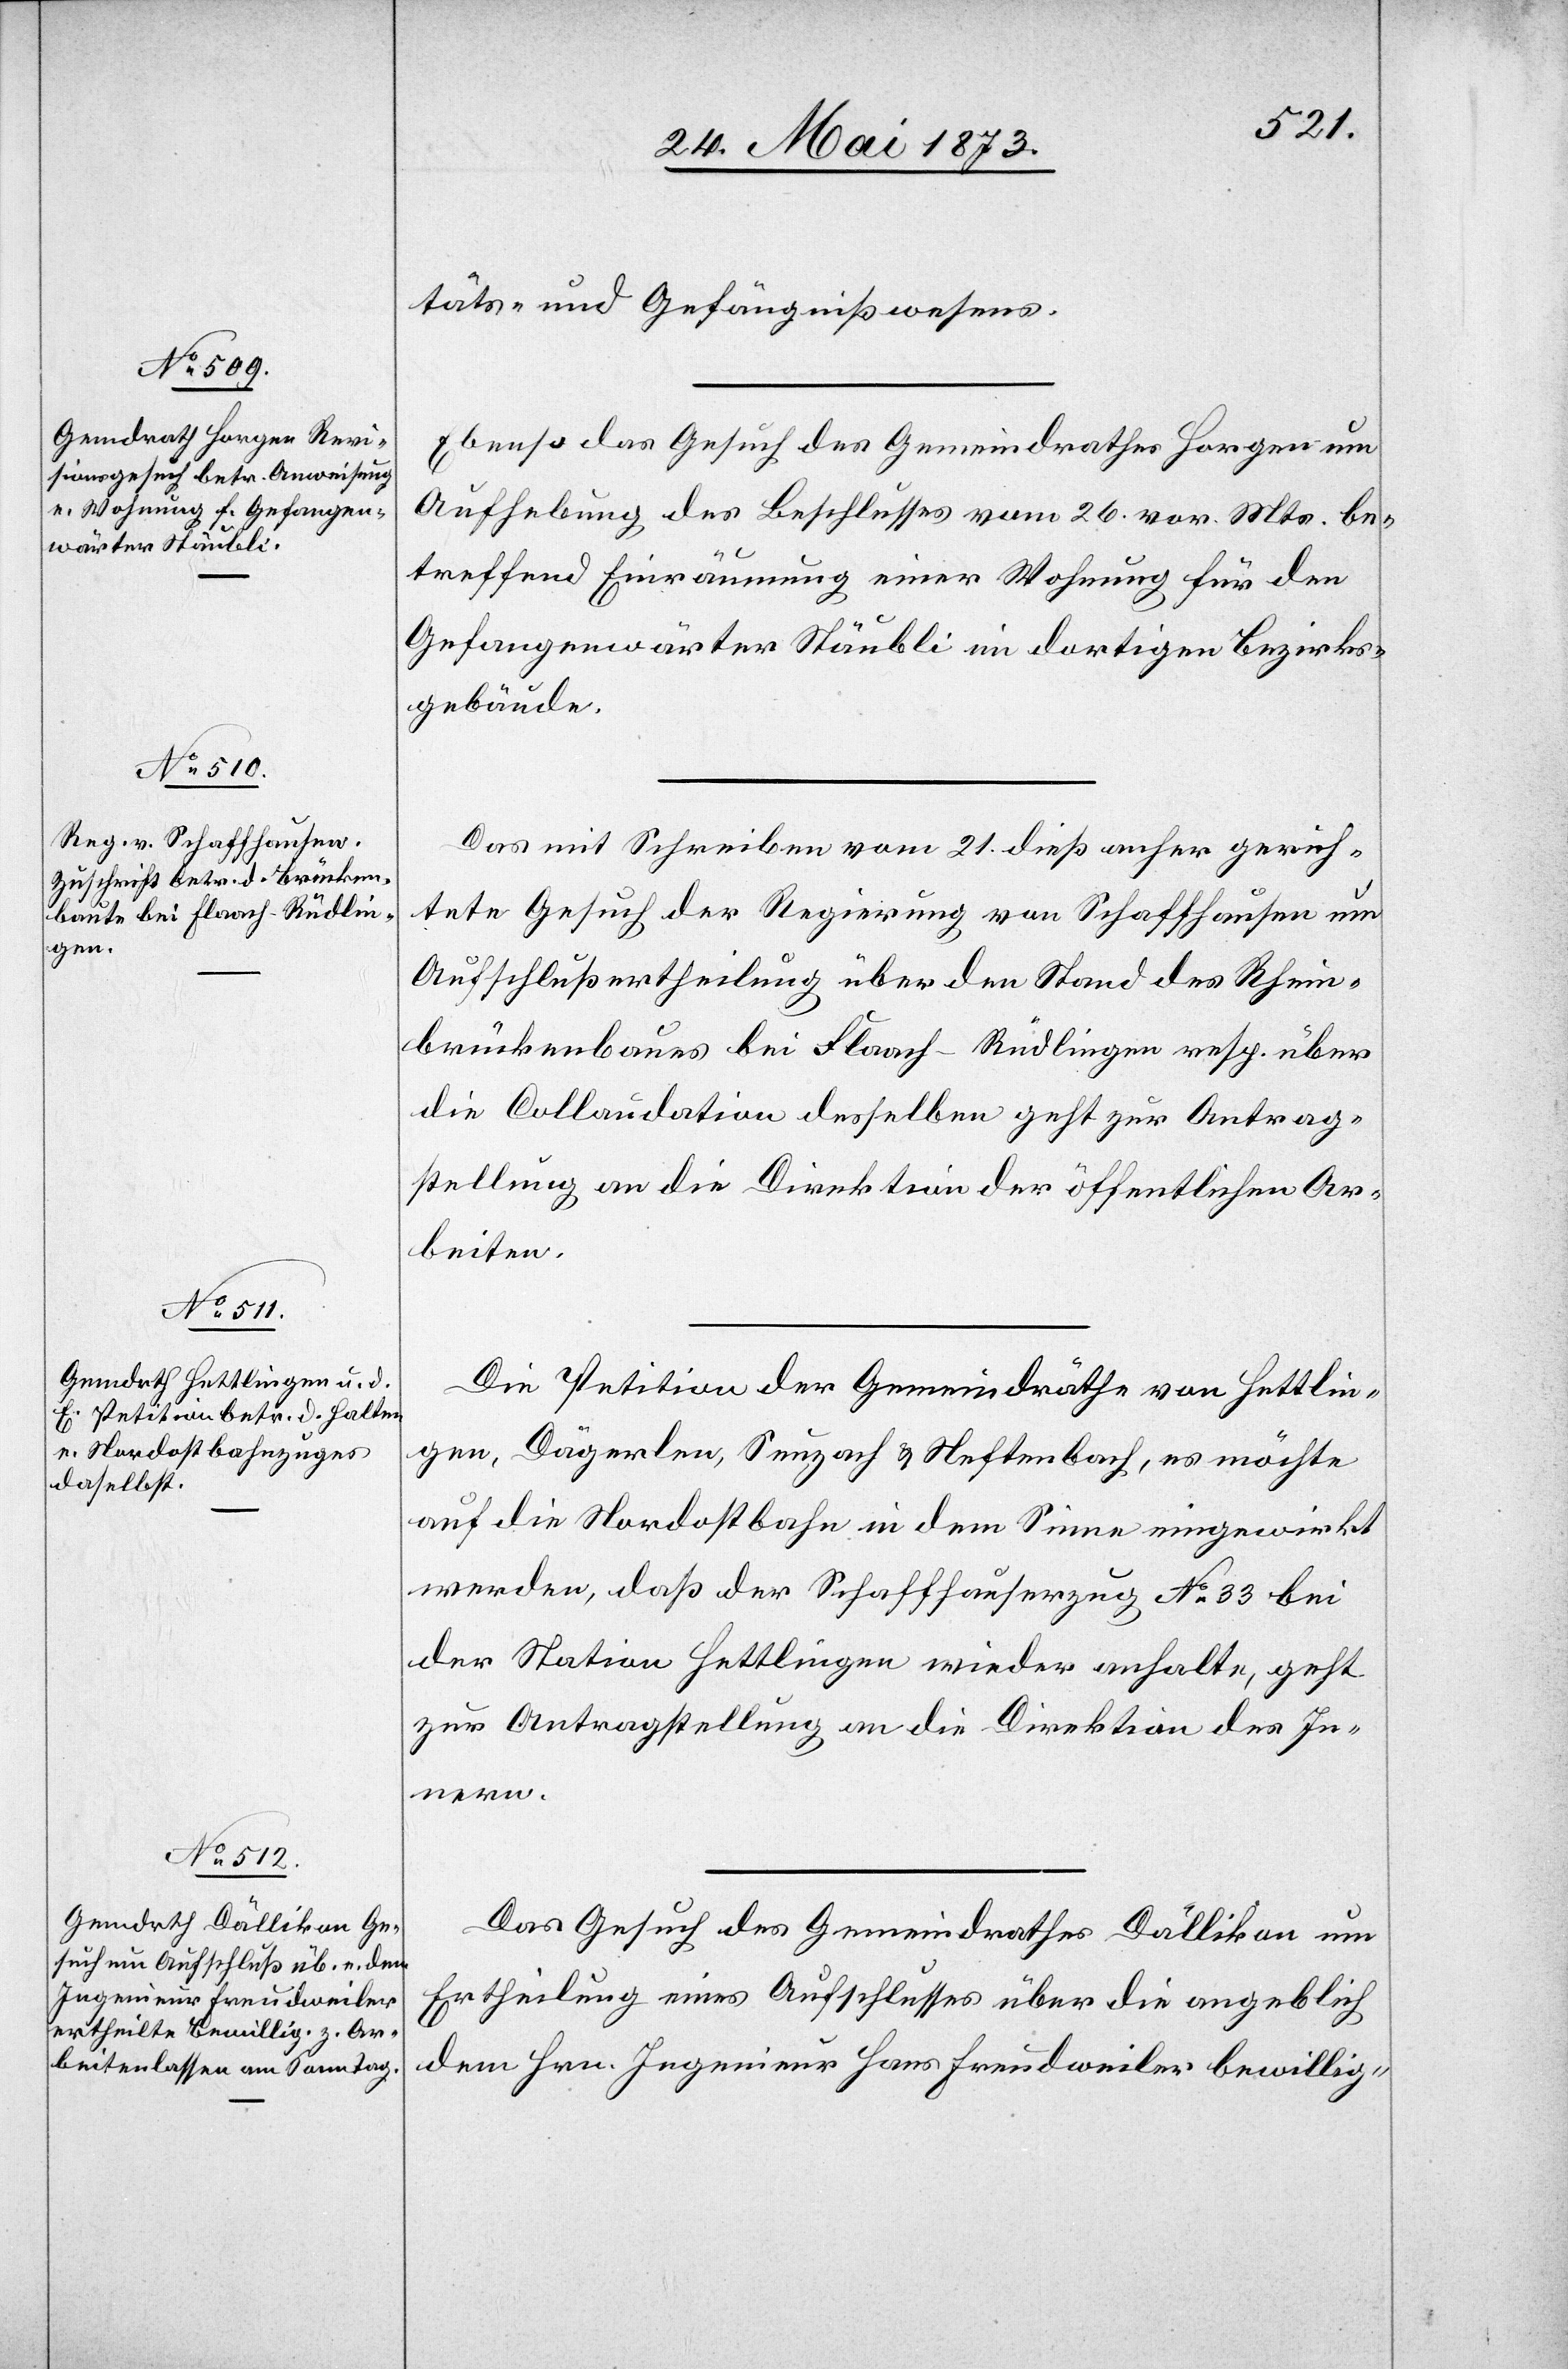
26. Mai 1873.]
täts- und Gefängnißwesens.
Ebenso das Gesuch des Gemeindrathes Horgen um
Aufhebung des Beschlusses vom 26. vor. Mts. be¬
treffend Einräumung einer Wohnung für den
Gefangenwärter Stäubli im dortigen Bezirks¬
gebäude.
Das mit Schreiben vom 21. dieß anher gerich¬
tete Gesuch der Regierung von Schaffhausen um
Aufschlußertheilung über den Stand des Rhein¬
brückenbaues bei Flaach–Rüdlingen resp. über
die Collaudation desselben geht zur Antrag¬
stellung an die Direktion der öffentlichen Ar¬
beiten.
Die Petition der Gemeindräthe von Hettlin¬
gen, Dägerlen, Seuzach & Neftenbach, es möchte
auf die Nordostbahn in dem Sinne eingewirkt
werden, daß der Schaffhauserzug No 33 bei
der Station Hettlingen wieder anhalte, geht
zur Antragstellung an die Direktion des In¬
nern.
Das Gesuch des Gemeindrathes Dällikon um
Ertheilung eines Aufschlusses über die angeblich
dem Hrn. Ingenieur Hans Freudweiler bewillig-